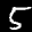
Label: 5